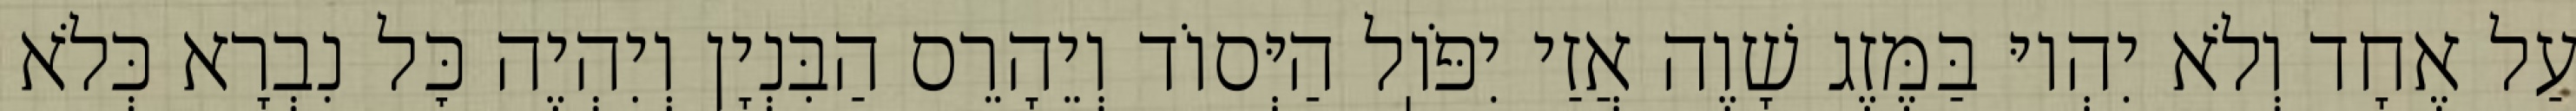
עַל אֶחָד וְלֹא יִהְיוּ בַּמֶּזֶג שָׁוֶה אֲזַי יִפֹּוֽל הַיְּסוֹד וְיֵהָרֵס הַבִּנְיָן וְיִהְיֶה כׇּל נִבְרָא כְּלֹא